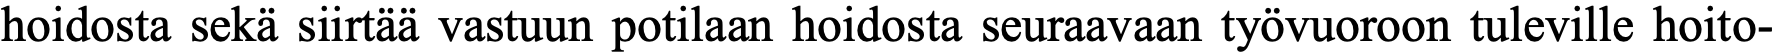
hoidosta sekä siirtää vastuun potilaan hoidosta seuraavaan työvuoroon tuleville hoito-